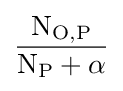
{\frac {\mathrm {N} _{\mathrm {O} ,\mathrm {P} }}{\mathrm {N} _{\mathrm {P} }+\alpha }}